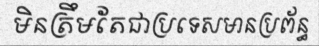
មិនត្រឹមតែជាប្រទេសមានប្រព័ន្ធ